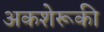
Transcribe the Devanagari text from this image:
अकशेरूकी